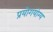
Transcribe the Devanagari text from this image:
प्रयोगयोग्य